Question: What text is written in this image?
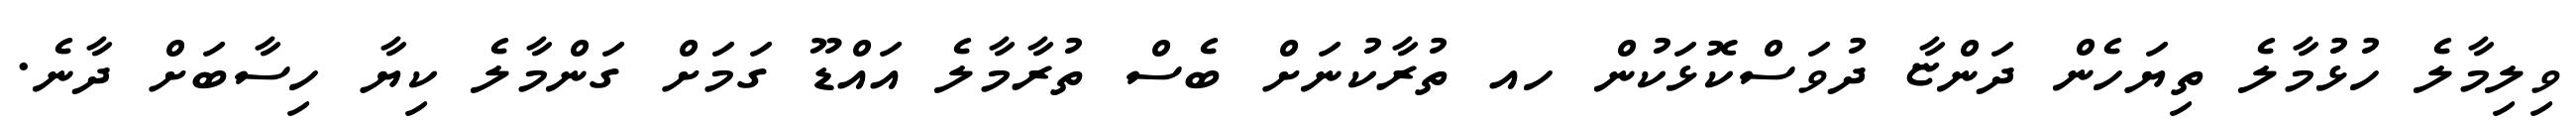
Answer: ވިލިމާލެ ހުޅުމާލެ ތިޔަހެން ދަންޏާ ދުވަސްކޮޅަކުން ހއ ތުރާކުނަށް ބެސް ތުރާމާލެ އައްޑޫ ގަމަށް ގަންމާލެ ކިޔާ ހިސާބަށް ދާނެ.